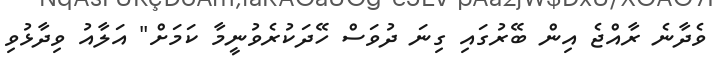
ވެދާނެ ރާއްޖެ އިން ބޭރުގައި ގިނަ ދުވަސް ހޭދަކުރެވުނީމާ ކަމަށް" އަލާއު ވިދާޅުވި